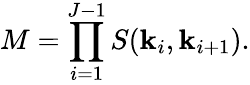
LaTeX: M=\prod_{i=1}^{J-1}S(\mathbf{k}_{i},\mathbf{k}_{i+1}).